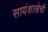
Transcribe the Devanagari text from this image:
सायंशाखेची